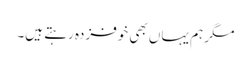
مگر ہم یہاں بھی خوفزدہ رہتے ہیں۔